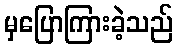
မှပြောကြားခဲ့သည်